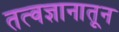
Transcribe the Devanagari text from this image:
तत्वज्ञानातून